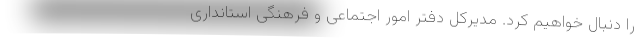
را دنبال خواهیم کرد. مدیرکل دفتر امور اجتماعی و فرهنگی استانداری